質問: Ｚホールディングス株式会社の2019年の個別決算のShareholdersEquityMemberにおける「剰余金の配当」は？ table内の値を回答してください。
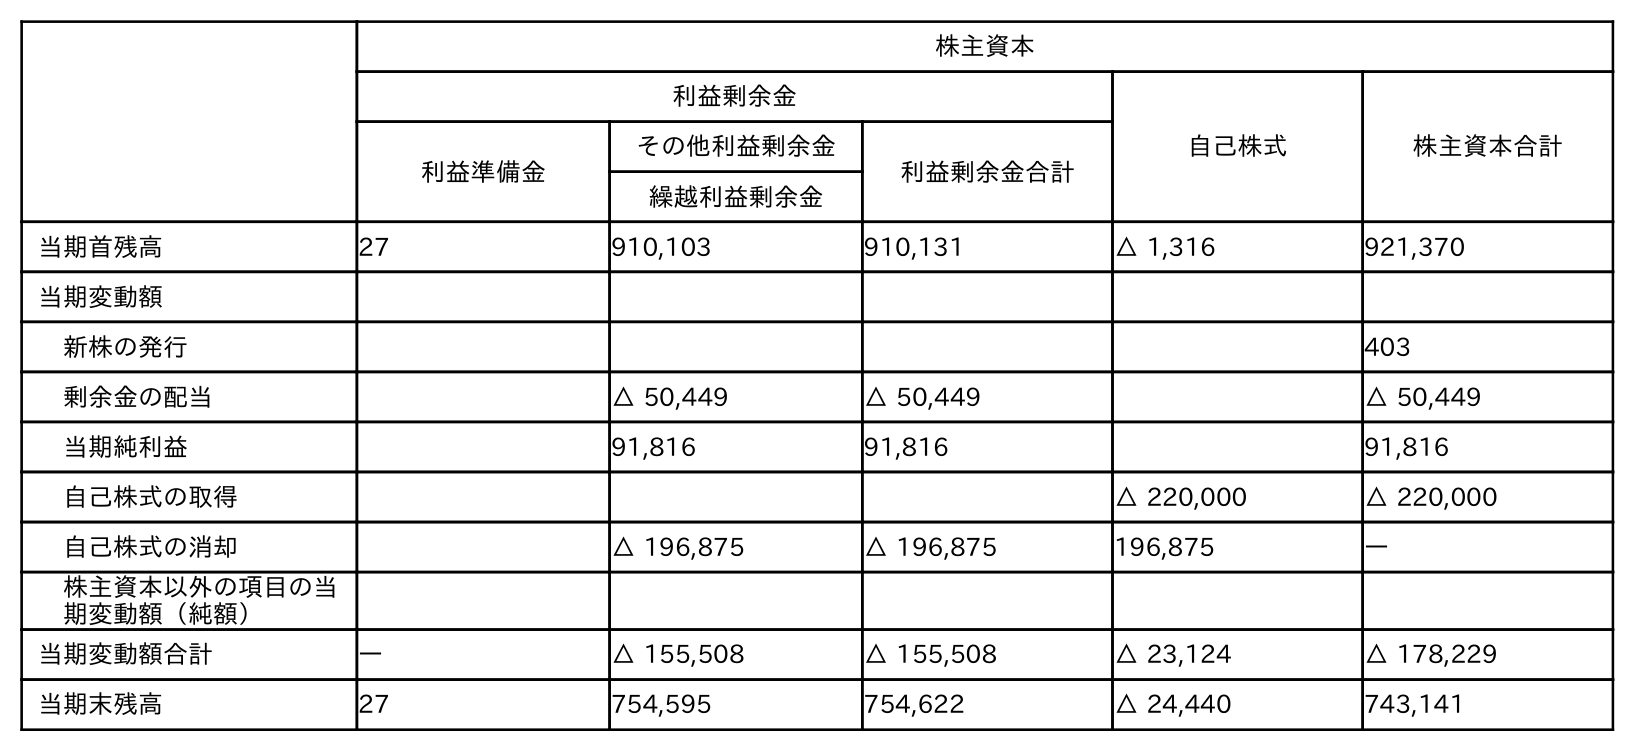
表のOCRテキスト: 株主資本 利益剰余金 自己株式 株主資本合計 利益準備金 その他利益剰余金 利益剰余金合計 繰越利益剰余金 当期首残高 27 910,103 910,131 △ 1,316 921,370 当期変動額 新株の発行 403 剰余金の配当 △ 50,449 △ 50,449 △ 50,449 当期純利益 91,816 91,816 91,816 自己株式の取得 △ 220,000 △ 220,000 自己株式の消却 △ 196,875 △ 196,875 196,875 ― 株主資本以外の項目の当 期変動額（純額） 当期変動額合計 ― △ 155,508 △ 155,508 △ 23,124 △ 178,229 当期末残高 27 754,595 754,622 △ 24,440 743,141
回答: △50,449